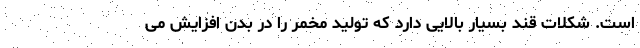
است. شکلات قند بسیار بالایی دارد که تولید مخمر را در بدن افزایش می